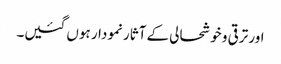
اور ترقی و خوشحالی کے آثار نمودار ہوں گئیں۔